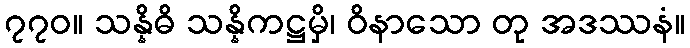
၇၇၀။ သန္နိဓိ သန္နိကဋ္ဌမှိ၊ ဝိနာသော တု အဒဿနံ။